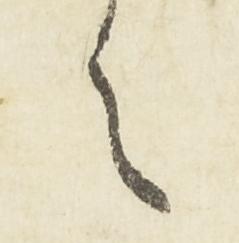
之